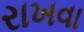
રાખવા